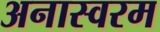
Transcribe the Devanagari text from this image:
अनास्वरम